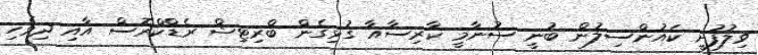
ވިލުފުށީ ކައުންސިލުން ބުނީ ސުނާމީ ކާރިސާއާ ގުޅިގެން ބްރިޓިޝް ރެޑްކްރޮސް އާއި ދިވެހި